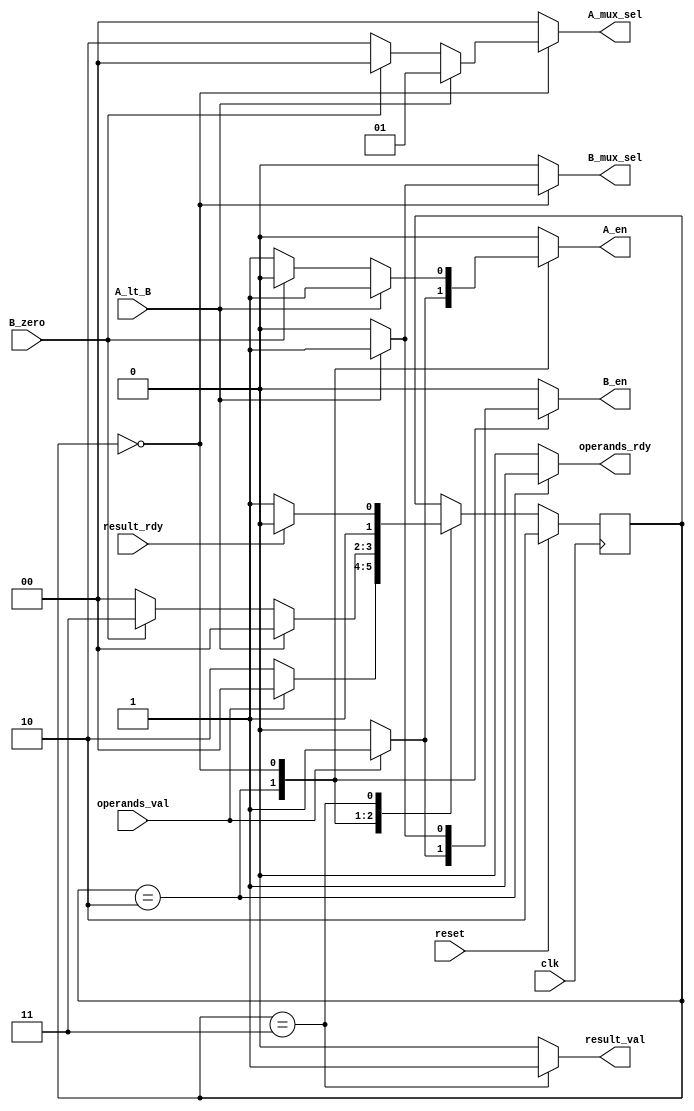
//=========================================================================
// RTL Model of GCD Unit Control
//-------------------------------------------------------------------------
//

module gcd_control
( 
	input clk, reset, operands_val, result_rdy,
	input B_zero, A_lt_B,
	output reg result_val, operands_rdy,
	output reg [1:0] A_mux_sel,
	output reg B_mux_sel, A_en, B_en
);

// Describe the control part as a stage machine

// Define state bits
parameter CALC = 2'b00;
parameter IDLE = 2'b10;
parameter DONE = 2'b11;

// Note that the only flip flop in the design is "state",
// nextstate must also be declared as a reg because
// it is reference from the always @* block, even though
// it isn't actually a register and is only a wire
reg [1:0] state;
reg [1:0] nextstate;



// Combinational logic decides what the next stage should be
always @* begin

	// Start by defining default values
	nextstate = state;// Stay in the same state by default
	// Only want to allow A/B registers to take new values when
	// we are sure the data on their inputs is valid
	A_en = 0;
	B_en = 0;
	result_val = 0;
	operands_rdy = 0;
	B_mux_sel = 0;
	A_mux_sel = 0;
	
	case (state)
	
		//IDLE STATE
		IDLE : begin
			operands_rdy = 1;
			if(operands_val == 1'b1) begin
				nextstate = CALC;
				A_en = 1;
				B_en = 1;
			end else begin
				nextstate = IDLE;
			end
		
		end
		
		//CALC STATE
		CALC : begin
			if(A_lt_B == 1'b1) begin
				//SWAP
				B_mux_sel = 1;
				A_mux_sel = 1;
				A_en = 1;
				B_en = 1;
				nextstate = CALC;
			end else if (B_zero == 1'b0) begin
				//SUBTRACT
				A_mux_sel = 2;
				A_en = 1;
				nextstate = CALC;
			end else begin
				//DONE
				nextstate = DONE;
			end
		
		end
		
		//DONE STATE
		DONE : begin
			// see if outside is ready to take the result
			// if so, send it, and say that operands are ready
			// to take new values
      result_val = 1;
			if (result_rdy) begin
				nextstate = IDLE;
			// if not, stay in this state until the outside is ready for the result
			end else begin
				nextstate = DONE;
			end
		end
	
	endcase


end


// Sequential part of design.  At each clock edge, advance to the
// nextstate (as determined by combinational logic)
always @(posedge clk) begin

	if(reset)
		state <= IDLE;
	else
		state <= nextstate;

end

endmodule